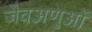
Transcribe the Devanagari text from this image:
जैवअणुओं